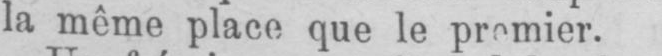
la même place que le premier.